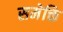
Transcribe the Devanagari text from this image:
समेक्ति